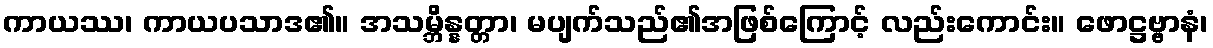
ကာယဿ၊ ကာယပသာဒ၏။ အသမ္ဘိန္နတ္တာ၊ မပျက်သည်၏အဖြစ်ကြောင့် လည်းကောင်း။ ဖောဋ္ဌဗ္ဗာနံ၊